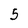
Character: 5